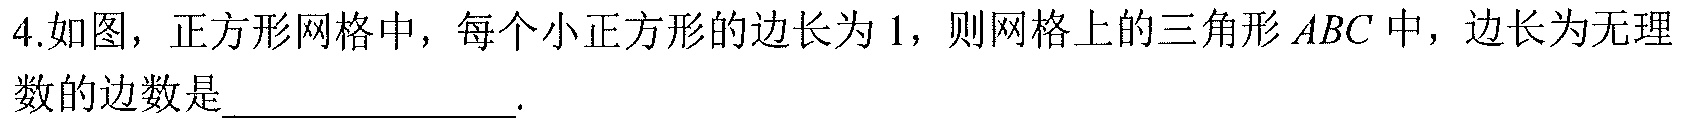
4. 如图，正方形网格中，每个小正方形的边长为\(1\)，则网格上的三角形\(ABC\)中，边长为无理数的边数是 .